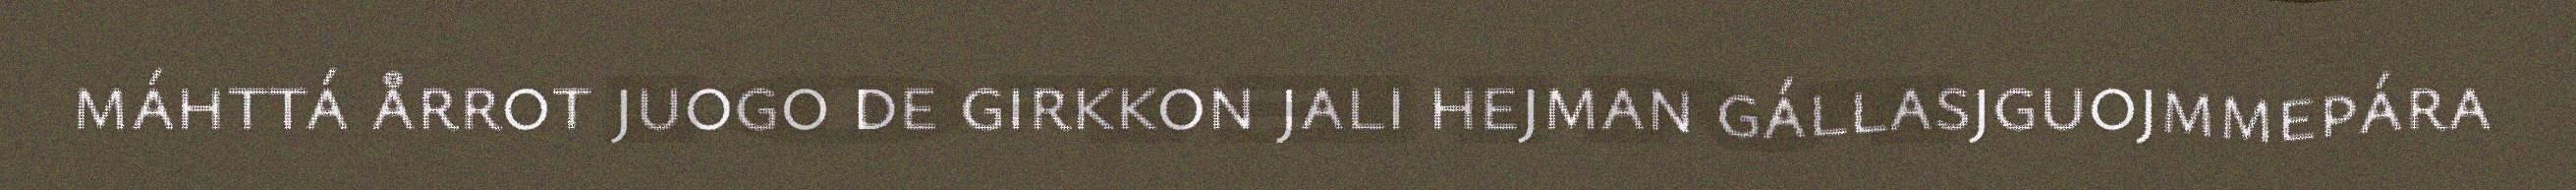
máhttá årrot juogo de girkkon jali hejman gállasjguojmmepára